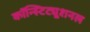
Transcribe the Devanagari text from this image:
कॉन्स्टिट्यूशनल